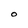
Character: 0